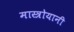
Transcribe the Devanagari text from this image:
मास्त्रोयानी